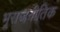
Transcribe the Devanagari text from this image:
भूराजनीतिक